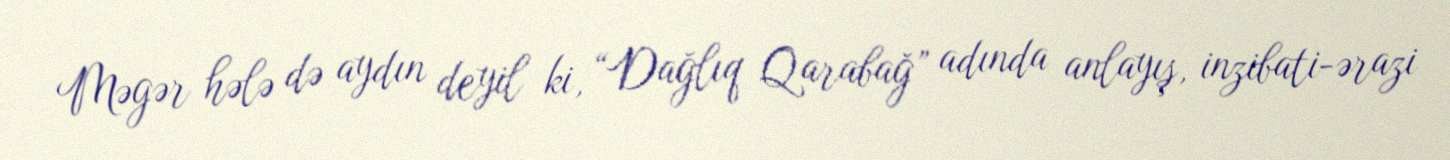
Məgər hələ də aydın deyil ki, “Dağlıq Qarabağ” adında anlayış, inzibati-ərazi